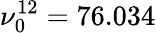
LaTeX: \nu_{0}^{12}=76.034